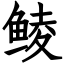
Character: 鲮